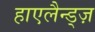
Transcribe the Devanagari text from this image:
हाएलैन्ड्ज़